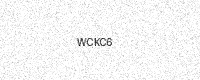
Text: WCKC6